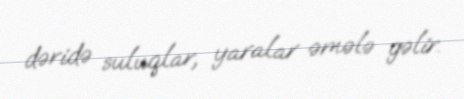
dəridə suluqlar, yaralar əmələ gəlir.